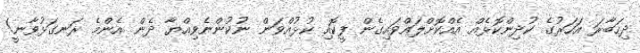
ދިހަބާރަ އަހަރުގެ ކުދިންކޮޅެއް އެއްކޮށްލައްވައިގެން ފީކޮއި ކުޅުއްވަން ނުކުންނެވިއްޔާ ދެން އެންމެ ރަނގަޅުވާނީ!